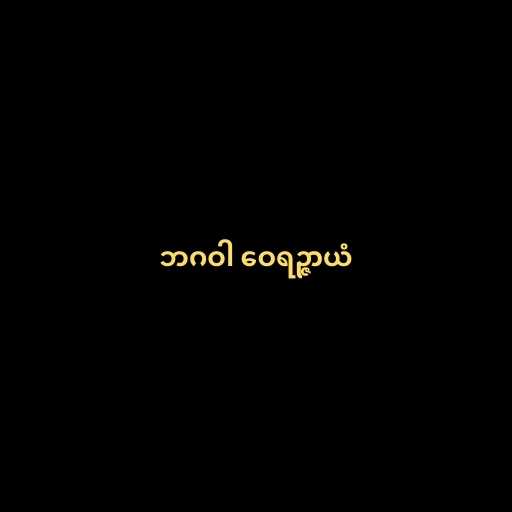
ဘဂဝါ ဝေရဉ္ဇာယံ